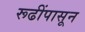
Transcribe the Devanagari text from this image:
रूढींपासून